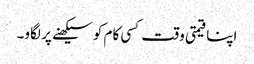
اپنا قیمتی وقت کسی کام کو سیکھنے پر لگاو۔